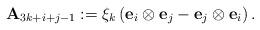
LaTeX: \begin{align*} \mathbf{A}_{3k+i+j-1}:=\xi_k\left(\mathbf{e}_i\otimes \mathbf{e}_j-\mathbf{e}_j\otimes \mathbf{e}_i\right).\end{align*}